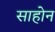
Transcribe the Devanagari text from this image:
साहोन